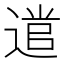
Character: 𮞭